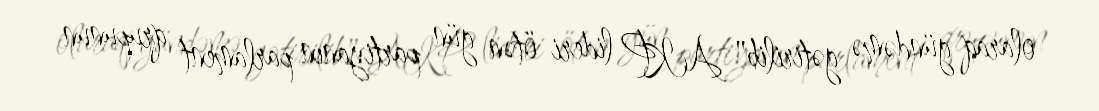
olaraq gündəmə gətirilib" AKP lideri ötən gün partiyanın parlament qrupunun